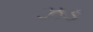
ઝડ